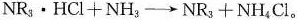
NR_ { 3 } \cdot HCl+NH_ { 3 } \rightarrow NR_ { 3 } +NH_ { 4 } Cl。